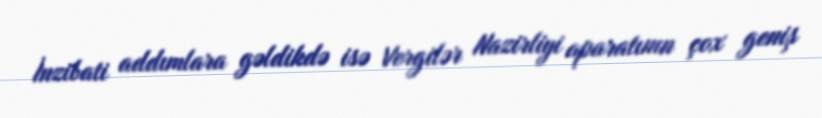
İnzibati addımlara gəldikdə isə Vergilər Nazirliyi aparatının çox geniş